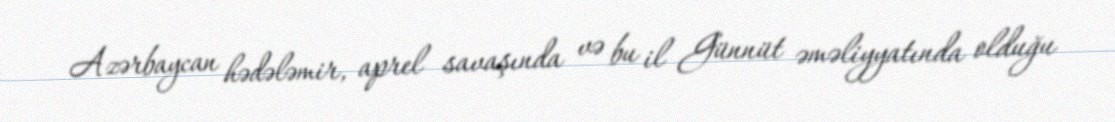
Azərbaycan hədələmir, aprel savaşında və bu il Günnüt əməliyyatında olduğu